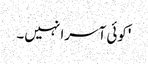
'کوئی آسرا نہیں۔